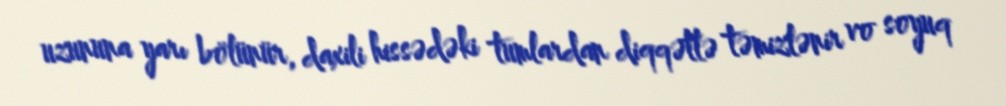
uzununa yarı bölünür, daxili hissədəki tumlardan diqqətlə təmizlənir vo soyuq